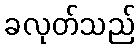
ခလုတ်သည်